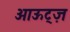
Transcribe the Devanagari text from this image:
आऊट्ज़